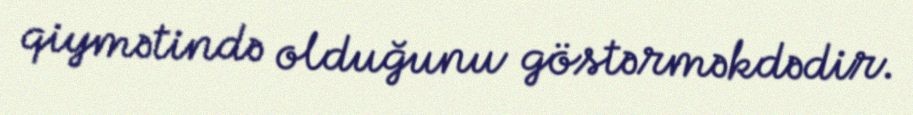
qiymətində olduğunu göstərməkdədir.